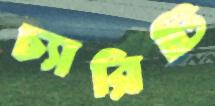
চ্যারিটি